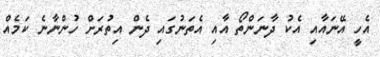
އެހީ އޭނައާއި އެކު ދާނަންތޯ އާއި އެތަނުގައި ދެން އިތުރަށް ހުންނާނެ ކަމެއް